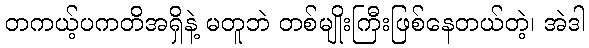
တကယ့်ပကတိအရှိနဲ့ မတူဘဲ တစ်မျိုးကြီးဖြစ်နေတယ်တဲ့၊ အဲဒါ